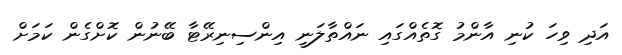
އަދި ވިހަ ކުނި އާންމު ގޮތެއްގައި ނައްތާލަނީ އިންސިނިރޭޓާ ބޭނުން ކޮށްގެން ކަމަށް